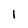
Character: I